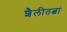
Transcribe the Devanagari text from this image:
शैलीतत्वां